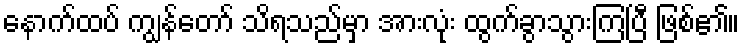
နောက်ထပ် ကျွန်တော် သိရသည်မှာ အားလုံး ထွက်ခွာသွားကြပြီ ဖြစ်၏။